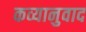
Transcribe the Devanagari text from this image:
कव्यानुवाद